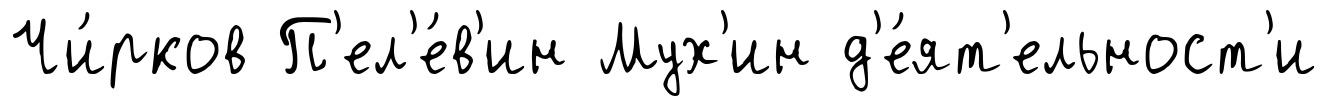
Чи́рков П'ел'е́в'ин Мух'ин д'е́ят'ельност'и